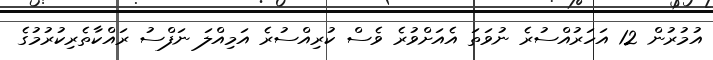
އުމުރުން 12 އަހަރުއްސުރެ ނުވަތަ އެއަށްވުރެ ވެސް ކުރިއްސުރެ އަމިއްލަ ނަފްސު ރައްކާތެރިކުރުމުގެ